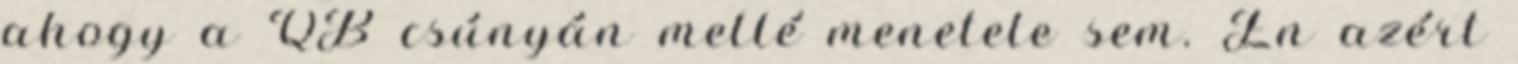
ahogy a QB csúnyán mellé menetele sem. Én azért